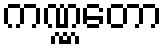
ကဏ္ဏတော